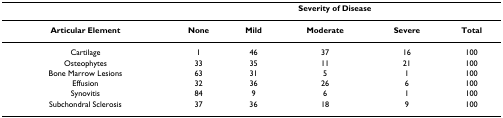
|  | <COLSPAN=5> Severity of Disease |
 | --- | --- | --- | --- | --- | --- |
 | Articular Element | None | Mild | Moderate | Severe | Total |
 | Cartilage | 1 | 46 | 37 | 16 | 100 |
 | Osteophytes | 33 | 35 | 11 | 21 | 100 |
 | Bone Marrow Lesions | 63 | 31 | 5 | 1 | 100 |
 | Effusion | 32 | 36 | 26 | 6 | 100 |
 | Synovitis | 84 | 9 | 6 | 1 | 100 |
 | Subchondral Sclerosis | 37 | 36 | 18 | 9 | 100 |